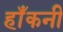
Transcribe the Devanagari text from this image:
हाँकनी